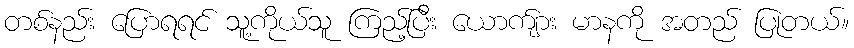
တစ်နည်း ပြောရရင် သူ့ကိုယ်သူ ကြည့်ပြီး ယောက်ျား မာနကို အတည် ပြုတယ်။